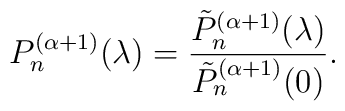
P^{(\alpha+1)}_n(\lambda) =\frac{\tilde{P}_n^{(\alpha+1)}(\lambda) }{\tilde{P}_n^{(\alpha+1)}(0)}.